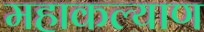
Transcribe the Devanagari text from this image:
महाकल्याण